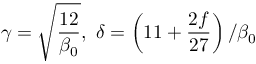
\gamma = \sqrt { \frac { 1 2 } { \beta _ { 0 } } } , \mathrm { ~ } \delta = \left( 1 1 + \frac { 2 f } { 2 7 } \right) / \beta _ { 0 }